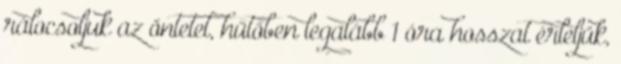
rálocsoljuk az öntetet, hűtőben legalább 1 óra hosszat érleljük,